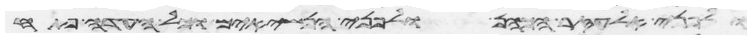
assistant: ולפני אלעזר הכהן ולפני הנשיאים וכל העדה פתח